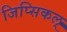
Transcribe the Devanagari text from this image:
जिप्सिकल्